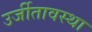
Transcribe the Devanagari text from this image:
उर्जीतावस्था